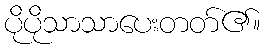
ပိုပိုသာသာပေးတတ်၏။